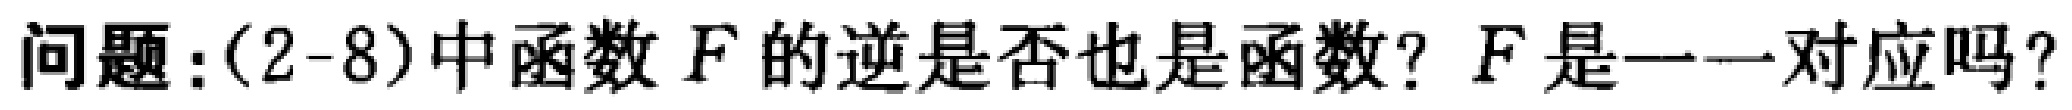
问题：(2-8)中函数 \(F\) 的逆是否也是函数？\(F\) 是一一对应吗？